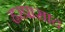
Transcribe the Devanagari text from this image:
हरप्रासाद